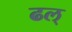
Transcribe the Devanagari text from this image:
ढल्